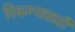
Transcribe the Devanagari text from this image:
पिकण्यासाठी